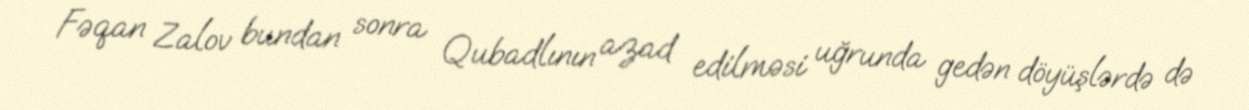
Fəqan Zalov bundan sonra Qubadlının azad edilməsi uğrunda gedən döyüşlərdə də